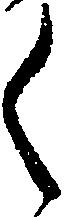
く